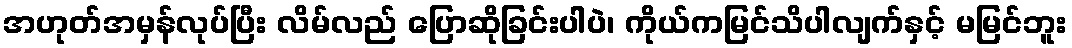
အဟုတ်အမှန်လုပ်ပြီး လိမ်လည် ပြောဆိုခြင်းပါပဲ၊ ကိုယ်ကမြင်သိပါလျက်နှင့် မမြင်ဘူး